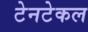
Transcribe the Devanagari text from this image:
टेनटेकल